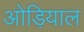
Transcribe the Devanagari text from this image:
ओड़ियाल